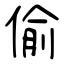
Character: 偷